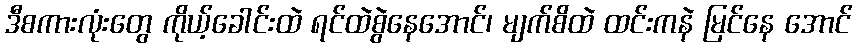
ဒီစကားလုံးတွေ ကိုယ့်ခေါင်းထဲ ရင်ထဲစွဲနေအောင်၊ မျက်စိထဲ ထင်းကနဲ မြင်နေ အောင်